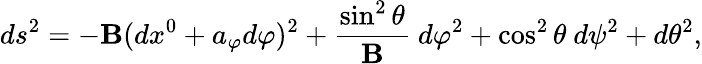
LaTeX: ds^{2}=-\mathbf{B}(dx^{0}+a_{\varphi}d\varphi)^{2}+{\frac{{\sin^{2}\theta}}{{\mathbf{B}}}}~d\varphi^{2}+\cos^{2}\theta~d\psi^{2}+d\theta^{2},